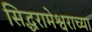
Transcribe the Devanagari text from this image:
सिद्धरामेश्वराच्या